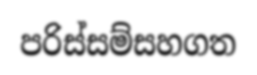
පරිස්සම්සහගත